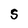
Character: S